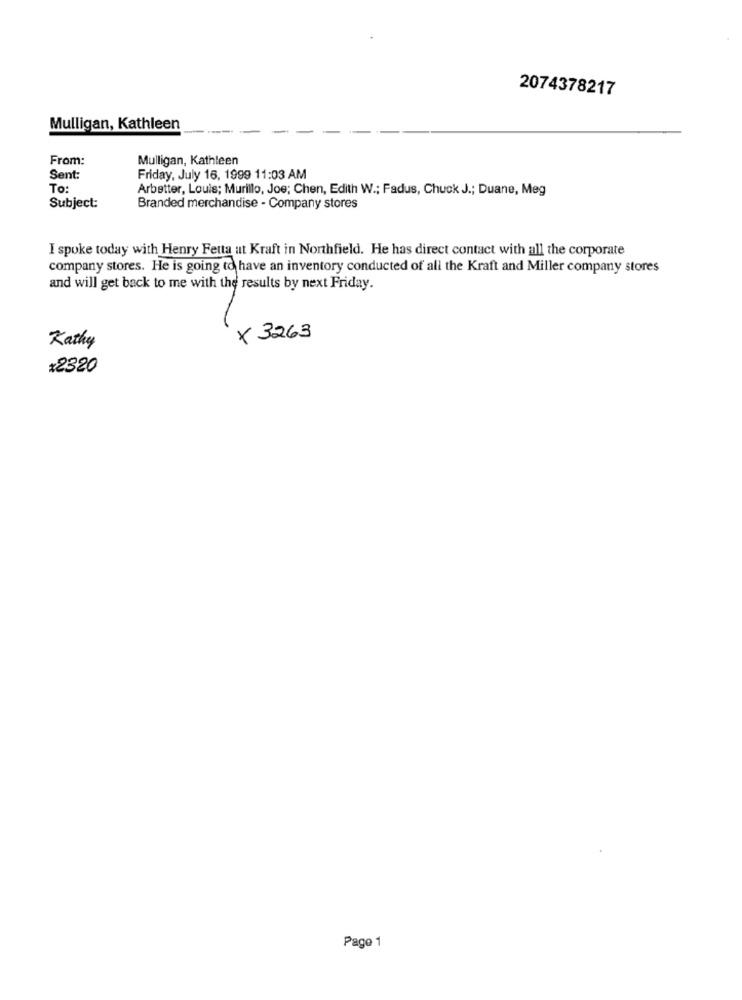
2074378217
Mulligan, Kathleen
From:
Mulligan, Kathleen
Sent:
Friday, July 16, 1999 11:03 AM
To
Arbetter, Louis; Murillo, Joe; Chen, Edith W .; Fadus, Chuck J .; Duane, Meg
Subject:
Branded merchandise - Company stores
I spoke today with Henry Fetta ut Kraft in Northfield. He has direct contact with all the corporate
company stores. He is going to have an inventory conducted of all the Kraft and Miller company stores
and will get back to me with the results by next Friday.
x 3263
Kathy
*2320
Page 1